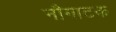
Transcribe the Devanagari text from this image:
नौगाटक